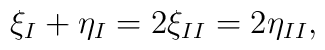
\xi_I+\eta_I=2\xi_{II}=2\eta_{II},